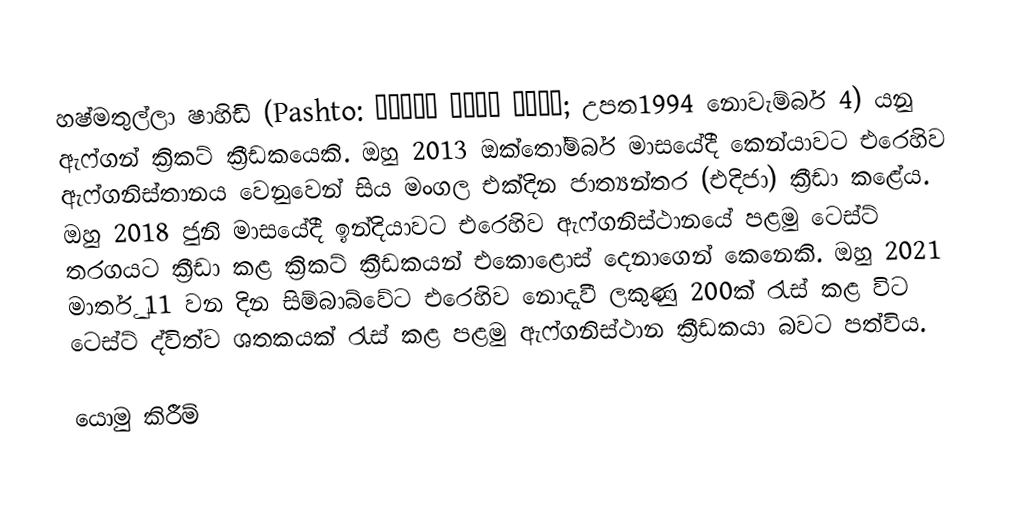
හෂ්මතුල්ලා ෂාහිඩි (Pashto: حشمت الله شاهدي; උපත1994 නොවැම්බර් 4) යනු ඇෆ්ගන් ක්‍රිකට් ක්‍රීඩකයෙකි. ඔහු 2013 ඔක්තෝම්බර් මාසයේදී කෙන්යාවට එරෙහිව ඇෆ්ගනිස්තානය වෙනුවෙන් සිය මංගල එක්දින ජාත්‍යන්තර (එදිජා) ක්‍රීඩා කළේය. ඔහු 2018 ජුනි මාසයේදී ඉන්දියාවට එරෙහිව ඇෆ්ගනිස්ථානයේ පළමු ටෙස්ට් තරගයට ක්‍රීඩා කළ ක්‍රිකට් ක්‍රීඩකයන් එකොළොස් දෙනාගෙන් කෙනෙකි. ඔහු 2021 මාර්තු 11 වන දින සිම්බාබ්වේට එරෙහිව නොදැවී ලකුණු 200ක් රැස් කළ විට ටෙස්ට් ද්විත්ව ශතකයක් රැස් කළ පළමු ඇෆ්ගනිස්ථාන ක්‍රීඩකයා බවට පත්විය.

යොමු කිරීම්